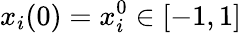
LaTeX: x_{i}(0)=x_{i}^{0}\in[-1,1]